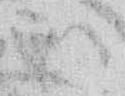
御